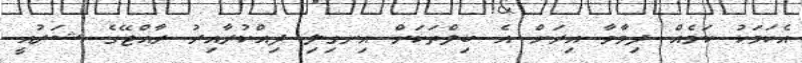
އެކަމަކު ކަމެއް ދިމާވާ އިރަށް އެ ބިލްތަކަށް އިނގިލި ދިއްކުރާއިރު ރާއްޖޭގެ ޝަރުއީ